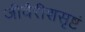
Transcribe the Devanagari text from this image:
जीवैरीशसृष्टं